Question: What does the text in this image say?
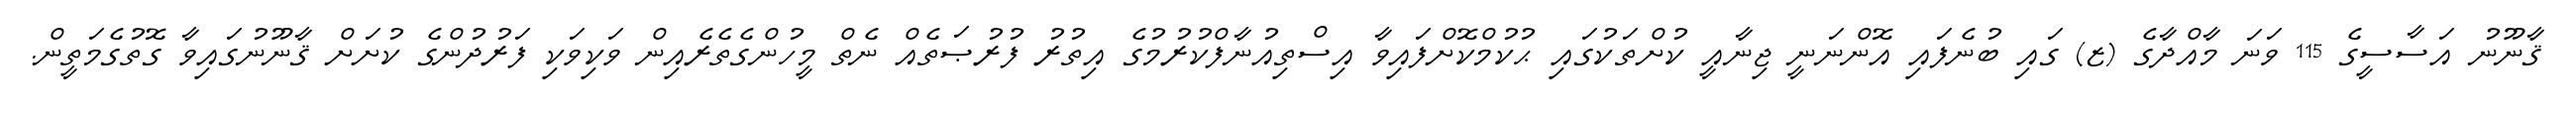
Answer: ޤާނޫނު އަސާސީގެ 115 ވަނަ މާއްދާގެ (ޒ) ގައި ބުނެފައި އޮންނަނީ ޖިނާއީ ކުށްތަކުގައި ޙުކުމްކޮށްފައިވާ އިސްތިއުނާފްކުރުމުގެ އިތުރު ފުރުޞަތެއް ނެތް މީހުންގެތެރެއިން ވަކިވަކި ފަރުދުންގެ ކުށަށް ޤާނޫނުގައިވާ ގޮތުގެމަތީން.